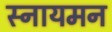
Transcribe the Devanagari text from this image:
स्नायमन